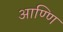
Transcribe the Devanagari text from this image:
आण्णि